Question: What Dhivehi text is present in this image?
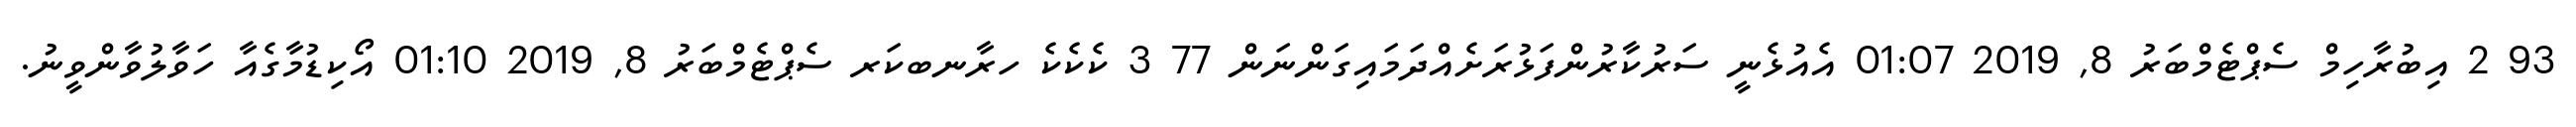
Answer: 93 2 އިބުރާހިމް ސެޕްޓެމްބަރު 8, 2019 01:07 އެއުޅެނީ ސަރުކާރުންފަޅުރަށެއްދަމައިގަންނަން 77 3 ކެކެކެ ހރާނބކަރ ސެޕްޓެމްބަރު 8, 2019 01:10 އޯކިޑުމާގެއާ ހަވާލުވާންވީނު.